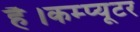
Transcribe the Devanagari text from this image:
है।कम्‍प्‍यूटर